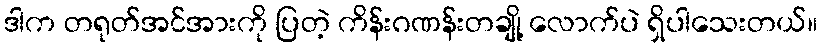
ဒါက တရုတ်အင်အားကို ပြတဲ့ ကိန်းဂဏန်းတချို့ လောက်ပဲ ရှိပါသေးတယ်။